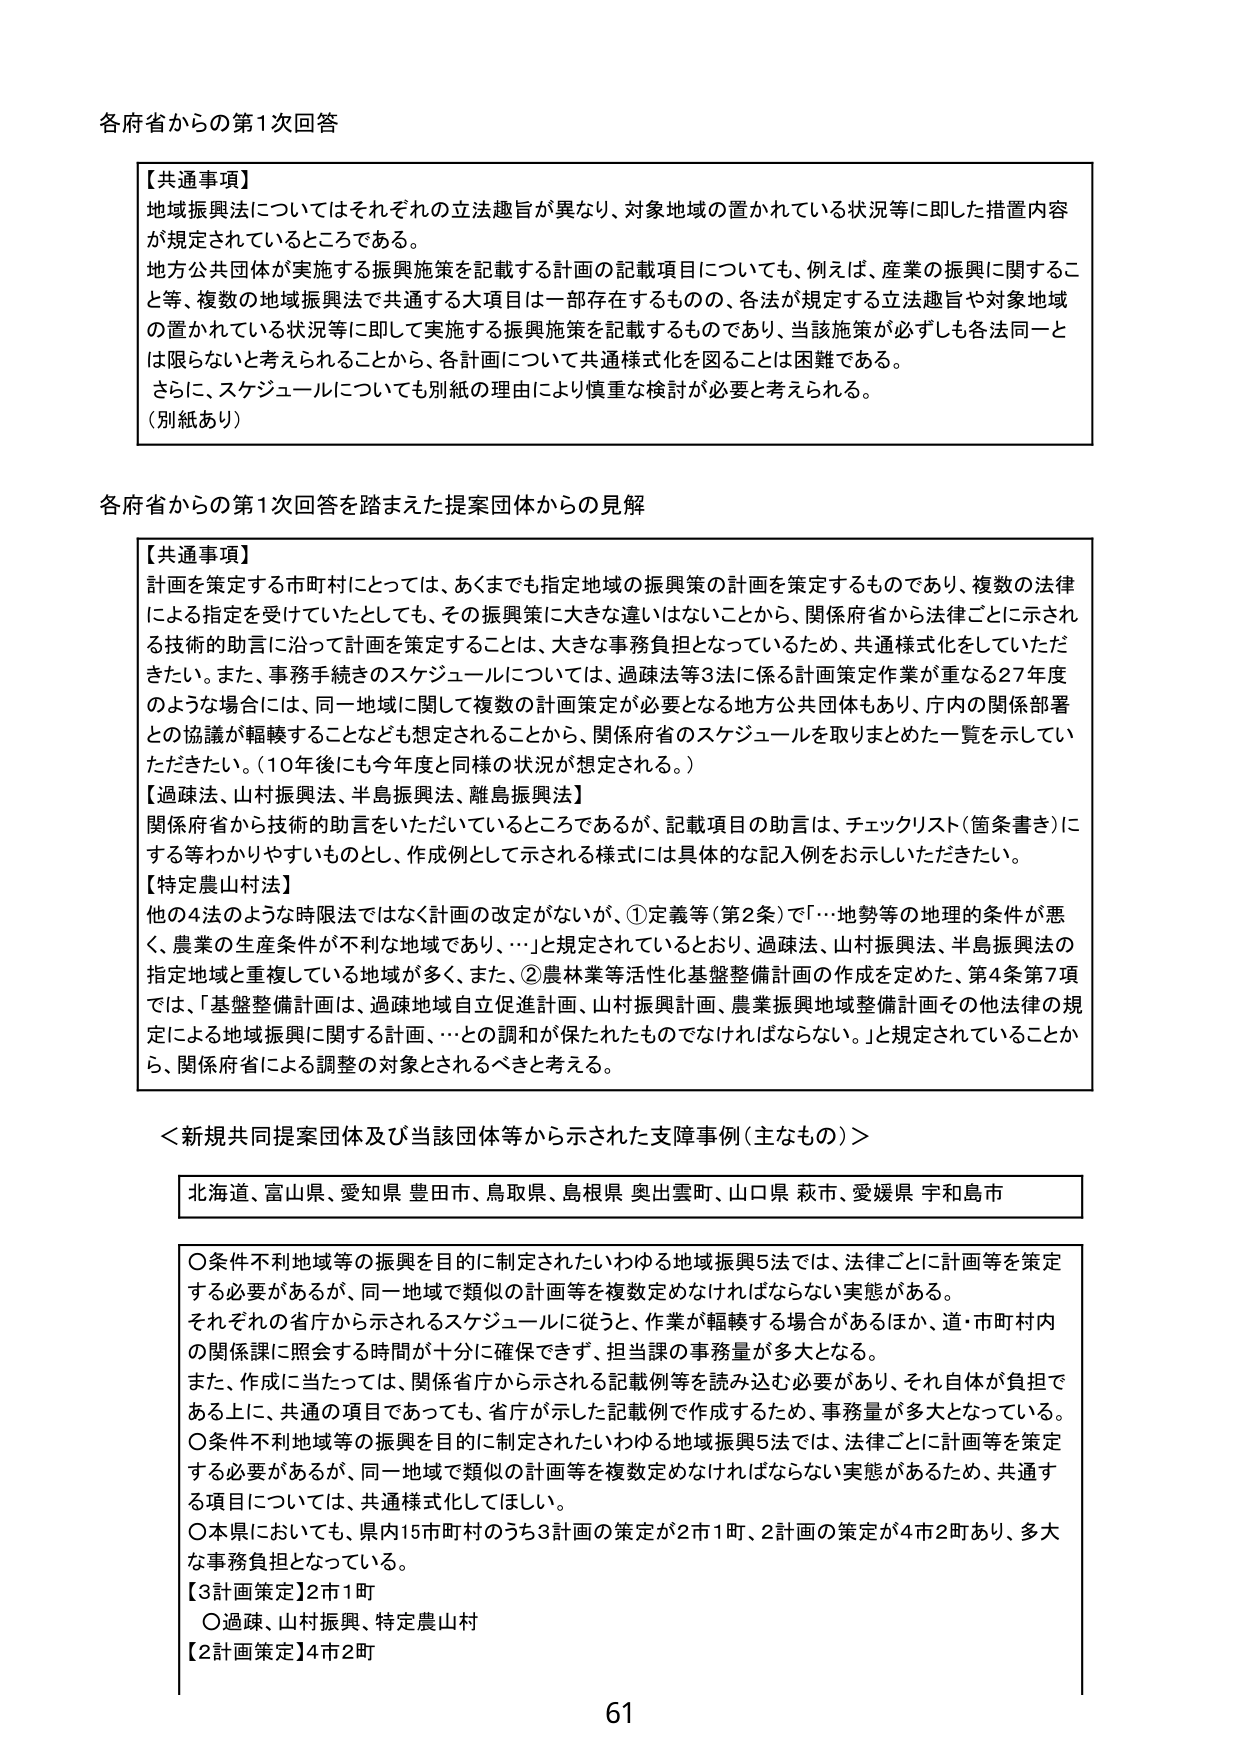
各府省からの第1次回答

【共通事項】
地域振興法についてはそれぞれの立法趣旨が異なり、対象地域の置かれている状況等に即した措置内容が規定されているところである。
地方公共団体が実施する振興施策を記載する計画の記載項目についても、例えば、産業の振興に関するこ
と等、複数の地域振興法で共通する大項目は一部存在するものの、各法が規定する立法趣旨や対象地域
の置かれている状況等に即して実施する振興施策を記載するものであり、当該施策が必ずしも各法同一と
は限らないと考えられることから、各計画について共通様式化を図ることは困難である。
さらに、スケジュールについても別紙の理由により慎重な検討が必要と考えられる。
（別紙あり）

各府省からの第1次回答を踏まえた提案団体からの見解

【共通事項】
計画を策定する市町村にとっては、あくまでも指定地域の振興策の計画を策定するものであり、複数の法律
による指定を受けていたとしても、その振興策に大きな違いはないことから、関係府省から法律ごとに示され
る技術的助言に沿って計画を策定することは、大きな事務負担となっているため、共通様式化をしていただ
きたい。また、事務手続きのスケジュールについては、過疎法等3法に係る計画策定作業が重なる27年度
のような場合には、同一地域に関して複数の計画策定が必要となる地方公共団体もあり、庁内の関係部署
との協議が軽軽することなども想定されることから、関係府省のスケジュールを取りまとめた一覧を示してい
ただきたい。（10年後にも今年度と同様の状況が想定される。）
【過疎法、山村振興法、半島振興法、離島振興法】
関係府省から技術的助言をいただいているところであるが、記載項目の助言は、チェックリスト（箇条書き）に
する等わかりやすいものとし、作成例として示される様式には具体的な記入例をお示しいただきたい。
【特定農山村法】
他の4法のような時限法ではなく計画の改定がないが、①定義等（第2条）で「…地勢等の地理的条件が悪
く、農業の生産条件が不利な地域であり、…」と規定されているとおり、過疎法、山村振興法、半島振興法の
指定地域と重複している地域が多く、また、②農林業等活性化基盤整備計画の作成を定めた、第4条第7項
では、「基盤整備計画は、過疎地域自立促進計画、山村振興計画、農業振興地域整備計画その他法律の規
定による地域振興に関する計画、…との調和が保たれたものでなければならない。」と規定されていることか
ら、関係府省による調整の対象とされるべきと考える。

＜新規共同提案団体及び当該団体等から示された支障事例（主なもの）＞

北海道、富山県、愛知県 豊田市、鳥取県、島根県 奥出雲町、山口県 萩市、愛媛県 宇和島市

〇条件不利地域等の振興を目的に制定されたいわゆる地域振興5法では、法律ごとに計画等を策定
する必要があるが、同一地域で類似の計画等を複数定めなければならない実態がある。
それぞれの省庁から示されるスケジュールに従うと、作業が軽軽する場合があるほか、道・市町村内
の関係課に照会する時間が十分に確保できず、担当課の事務量が多大となる。
また、作成に当たっては、関係省庁から示される記載例等を読み込む必要があり、それ自体が負担で
ある上に、共通の項目であっても、省庁が示した記載例で作成するため、事務量が多大となっている。
〇条件不利地域等の振興を目的に制定されたいわゆる地域振興5法では、法律ごとに計画等を策定
する必要があるが、同一地域で類似の計画等を複数定めなければならない実態があるため、共通す
る項目については、共通様式化してほしい。
〇本県においても、県内15市町村のうち3計画の策定が2市1町、2計画の策定が4市2町あり、多大
な事務負担となっている。
【3計画策定】2市1町
〇過疎、山村振興、特定農山村
【2計画策定】4市2町

61